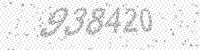
Solution: 938420